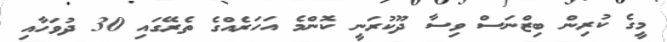
މީގެ ކުރިން ބިޒްނަސް ވިސާ ދޫކުރަނީ ކޮންމެ އަހަރެއްގެ ތެރޭގައި 30 ދުވަހާއި